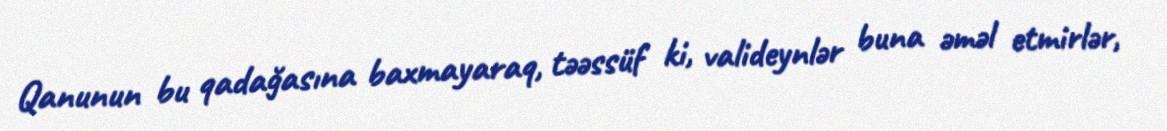
Qanunun bu qadağasına baxmayaraq, təəssüf ki, valideynlər buna əməl etmirlər,